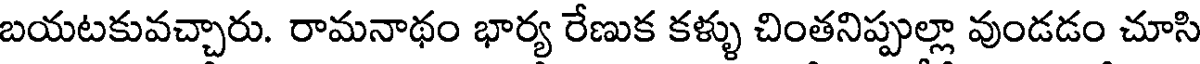
బయటకువచ్చారు. రామనాథం భార్య రేణుక కళ్ళు చింతనిప్పుల్లా వుండడం చూసి